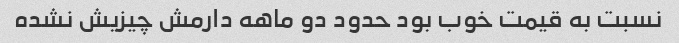
نسبت به قیمت خوب بود حدود دو ماهه دارمش چیزیش نشده